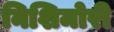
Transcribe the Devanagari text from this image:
निशिमोरी